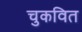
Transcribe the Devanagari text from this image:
चुकवित